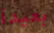
بعيدآ